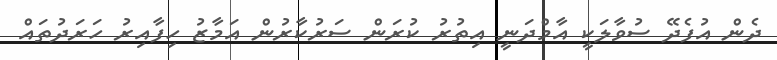
ދެން އުފެދޭ ސުވާލަކީ އާމްދަނީ އިތުރު ކުރަން ސަރުކާރުން އަމާޒު ހިފާއިރު ހަރަދުތައް